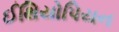
ઈથિયોપિયન